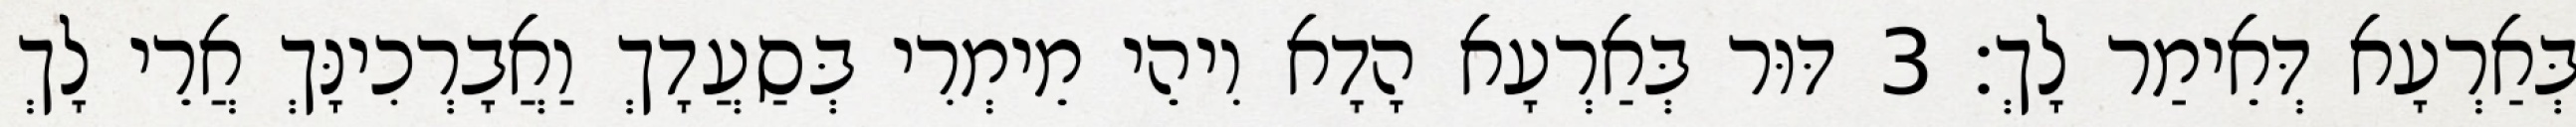
בְּאַרְעָא דְּאֵימַר לָךְ׃ 3 דּוּר בְּאַרְעָא הָדָא וִיהֵי מֵימְרִי בְּסַעֲדָךְ וַאֲבָרְכִינָּךְ אֲרֵי לָךְ